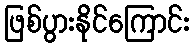
ဖြစ်ပွားနိုင်ကြောင်း